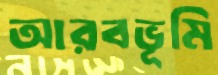
আরবভূমি